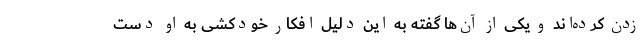
زدن کرده‌اند و یکی از آن‌ها گفته به این دلیل افکار خودکشی به او دست